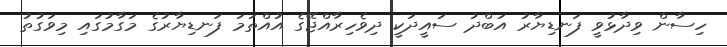
ހިސާން ވިދާޅުވީ ފަނޑިޔާރު އަބްދު ސައީދަކީ ދިވެހިރާއްޖޭގެ އުއްތަމަ ފަނޑިޔާރުގެ މަގާމުގައި މިވަގުތު